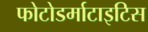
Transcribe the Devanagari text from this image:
फोटोडर्माटाइटिस